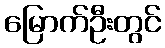
မြောက်ဦးတွင်